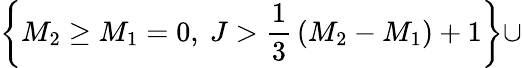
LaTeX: \left\{ M_{2}\ge M_{1}=0,~J>{\frac{1}{3}}\left(M_{2}-M_{1}\right)+1\right\} \cup